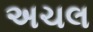
અચલ